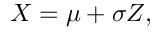
X = \mu + \sigma Z ,